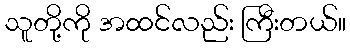
သူတို့ကို အထင်လည်း ကြီးတယ်။